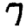
Digit: 7